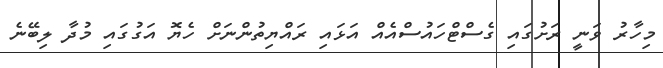
މިހާރު ވަނީ ރަށުގައި ގެސްޓްހައުސްއެއް އަޅައި ރައްޔިތުންނަށް ހެޔޮ އަގުގައި މުދާ ލިބޭނެ